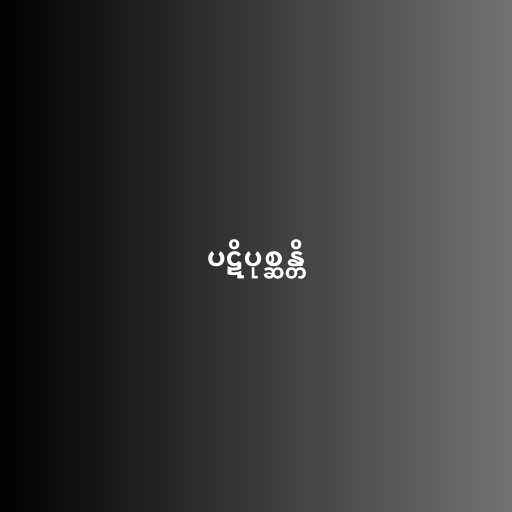
ပဋိပုစ္ဆန္တိ